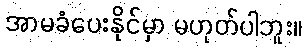
အာမခံပေးနိုင်မှာ မဟုတ်ပါဘူး။